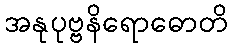
အနုပုဗ္ဗနိရောဓောတိ